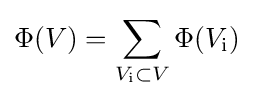
\Phi (V)=\sum _{V_{\text{i}}\subset V}\Phi (V_{\text{i}})